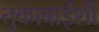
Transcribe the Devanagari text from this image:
तुकाबाईंशी